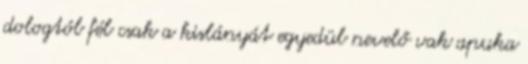
dologtól fél csak a kislányát egyedül nevelő vak apuka